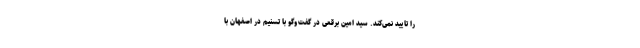
را تایید نمی‌کند. سید امین برقعی در گفت‌وگو با تسنیم در اصفهان با